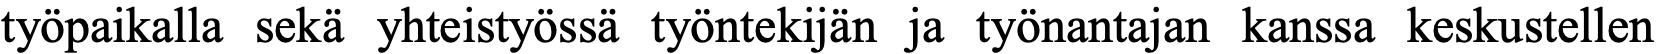
työpaikalla sekä yhteistyössä työntekijän ja työnantajan kanssa keskustellen